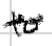
Text: to
Cross-out: wave
Writing tool: digital_black